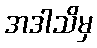
အဒါသိမှ